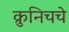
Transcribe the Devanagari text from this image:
क्रुनिचचे